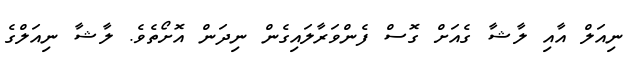
ނިއަލް އާއި ލާޝާ ގެއަށް ގޮސް ފެންވަރާލައިގެން ނިދަން އޮށޯތެވެ. ލާޝާ ނިއަލްގެ